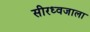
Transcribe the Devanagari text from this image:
सीरध्वजाला